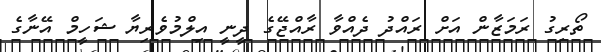
ތޯރިގު ރަމަޒާން އަށް ރައްދު ދެއްވާ ރާއްޖޭގެ ދީނީ އިލްމުވެރިޔާ ޝަހީމް އޭނާގެ